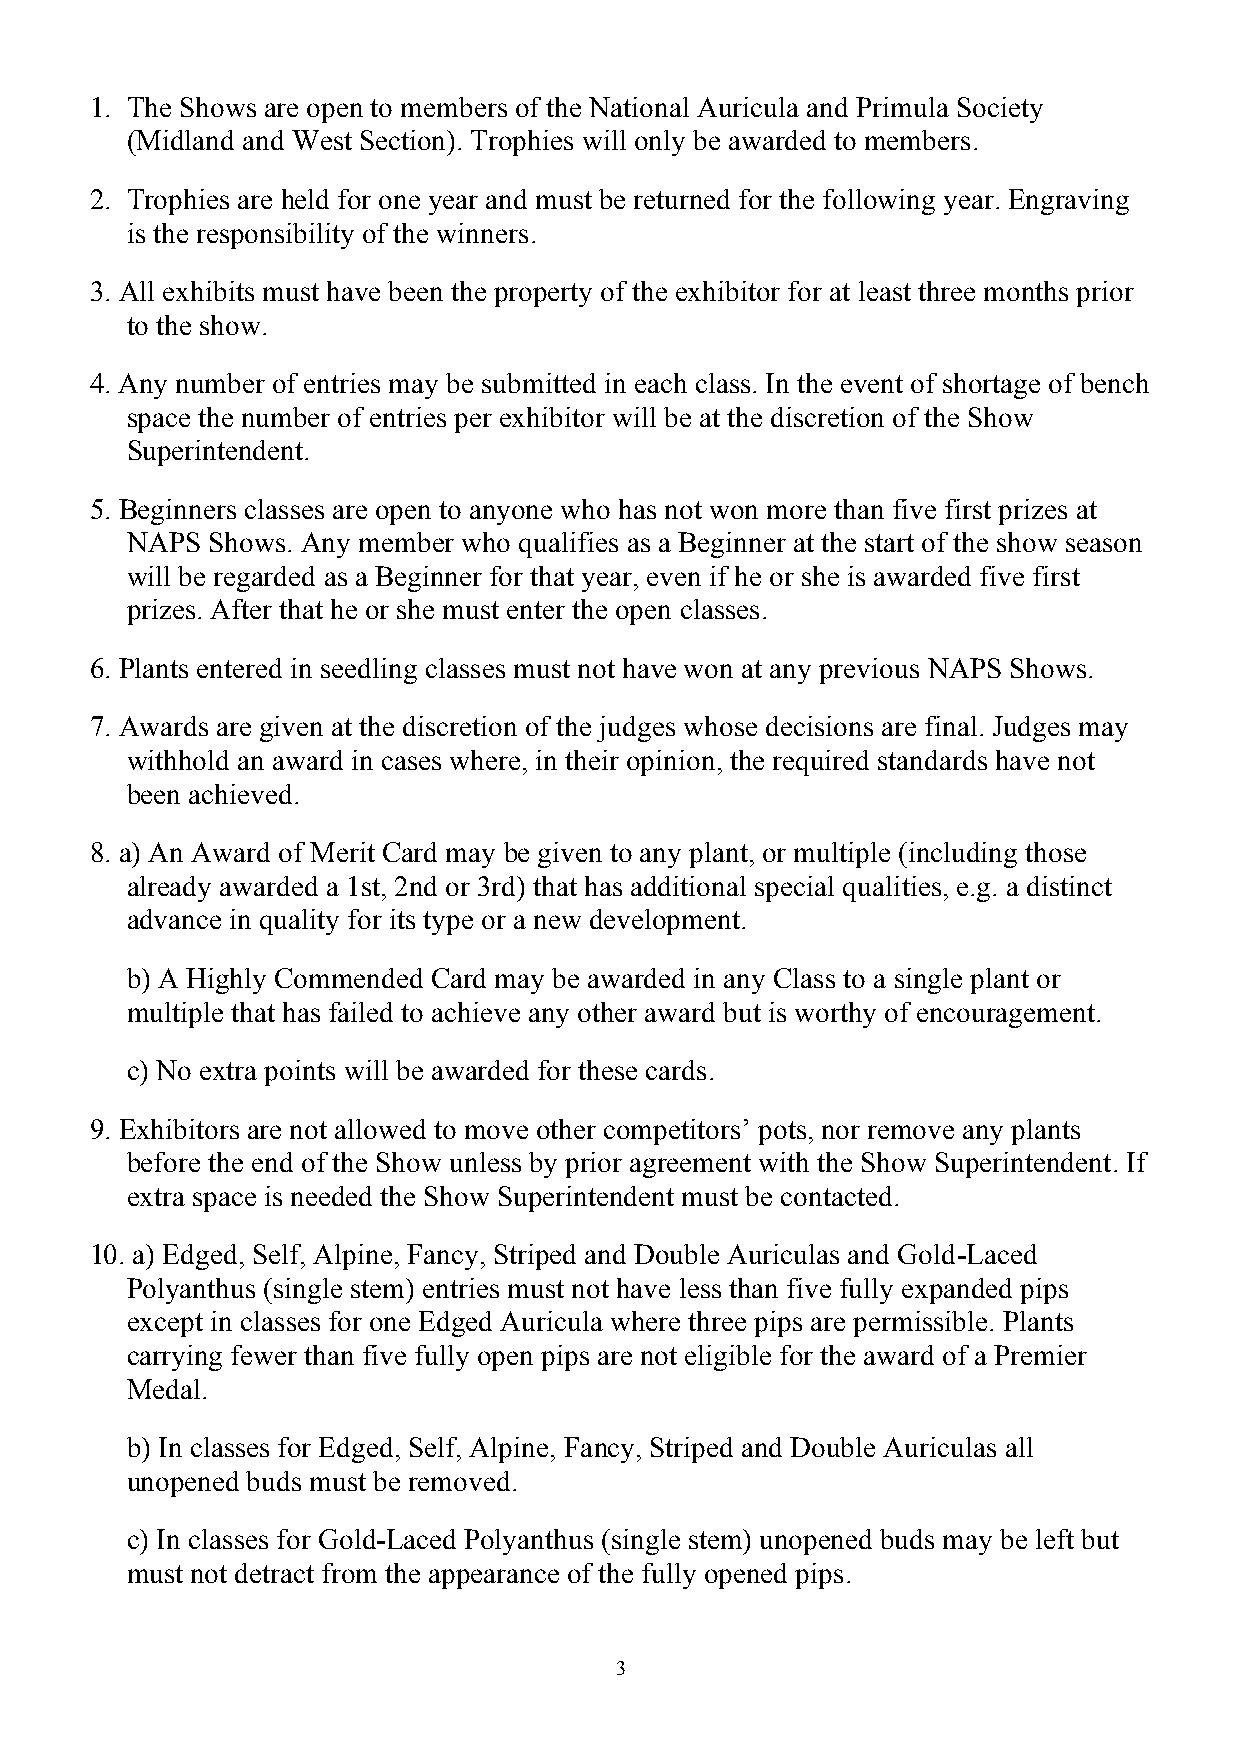
1. The Shows are open to members of the National Auricula and Primula Society
 (Midland and West Section). Trophies will only be awarded to members.
 2. Trophies are held for one year and must be returned for the following year. Engraving
 is the responsibility of the winners.
 3. All exhibits must have been the property of the exhibitor for at least three months prior
 to the show.
 4. Any number of entries may be submitted in each class. In the event of shortage of bench
 space the number of entries per exhibitor will be at the discretion of the Show
 Superintendent.
 5. Beginners classes are open to anyone who has not won more than five first prizes at
 NAPS  Shows. Any member who qualifies as a Beginner at the start of the show season
 will be regarded as a Beginner for that year, even if he or she is awarded five first
 prizes. After that he or she must enter the open classes.
 6. Plants entered in seedling classes must not have won at any previous NAPS Shows.
 7. Awards are given at the discretion of the judges whose decisions are final. Judges may
 withhold an award in cases where, in their opinion, the required standards have not
 been achieved.
 8. a) An Award of Merit Card may be given to any plant, or multiple (including those
 already awarded a 1st, 2nd or 3rd) that has additional special qualities, e.g. a distinct
 advance in quality for its type or a new development.
 b) A Highly Commended Card may be awarded in any Class to a single plant or
 multiple that has failed to achieve any other award but is worthy of encouragement.
 c) No extra points will be awarded for these cards.
 9. Exhibitors are not allowed to move other competitors’ pots, nor remove any plants
 before the end of the Show unless by prior agreement with the Show Superintendent. If
 extra space is needed the Show Superintendent must be contacted.
 10. a) Edged, Self, Alpine, Fancy, Striped and Double Auriculas and Gold-Laced
 Polyanthus (single stem) entries must not have less than five fully expanded pips
 except in classes for one Edged Auricula where three pips are permissible. Plants
 carrying fewer than five fully open pips are not eligible for the award of a Premier
 Medal.
 b) In classes for Edged, Self, Alpine, Fancy, Striped and Double Auriculas all
 unopened buds must be removed.
 c) In classes for Gold-Laced Polyanthus (single stem) unopened buds may be left but
 must not detract from the appearance of the fully opened pips.
 3